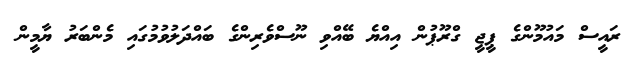
ރައީސް މައުމޫންގެ ޕީޖީ ގްރޫޕުން އިއްޔެ ބޭއްވި ނޫސްވެރިންގެ ބައްދަލުވުމުގައި މެންބަރު ޔާމީން